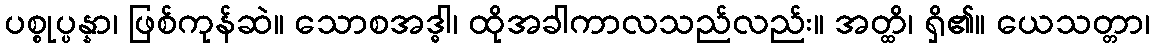
ပစ္စုပ္ပန္နာ၊ ဖြစ်ကုန်ဆဲ။ သောစအဒ္ဓါ၊ ထိုအခါကာလသည်လည်း။ အတ္ထိ၊ ရှိ၏။ ယေသတ္တာ၊